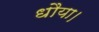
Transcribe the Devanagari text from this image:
धौया।